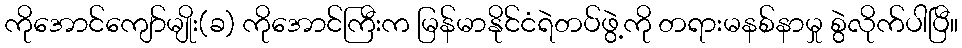
ကိုအောင်ကျော်မျိုး(ခ) ကိုအောင်ကြီးက မြန်မာနိုင်ငံရဲတပ်ဖွဲ့ကို တရားမနစ်နာမှု စွဲလိုက်ပါပြီ။